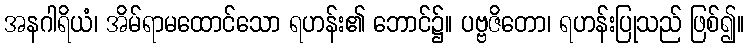
အနဂါရိယံ၊ အိမ်ရာမထောင်သော ရဟန်း၏ ဘောင်၌။ ပဗ္ဗဇိတော၊ ရဟန်းပြုသည် ဖြစ်၍။